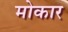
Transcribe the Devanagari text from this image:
मोकार